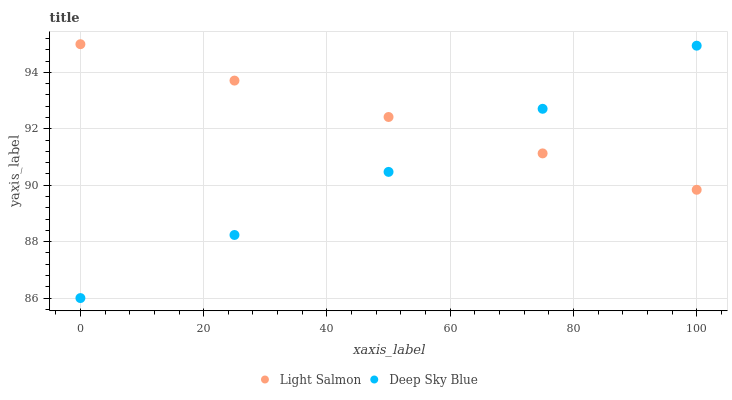
| xaxis_label | Light Salmon | Deep Sky Blue |
 | --- | --- | --- |
 | 0 | 95 | 86 |
 | 25 | 93.7 | 88.2 |
 | 50 | 92.4 | 90.5 |
 | 75 | 91.1 | 92.7 |
 | 100 | 89.8 | 94.9 |